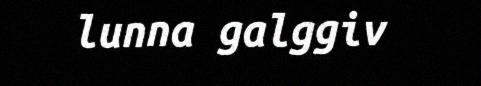
lunna galggiv